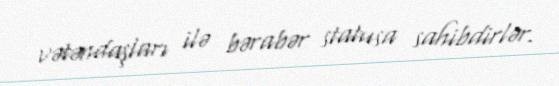
vətəndaşları ilə bərabər statusa sahibdirlər.